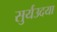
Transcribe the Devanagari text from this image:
सुर्यउदया